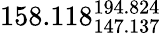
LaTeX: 158.118_{147.137}^{194.824}